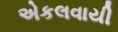
એકલવાયી